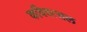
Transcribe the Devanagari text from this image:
कविवत्सल